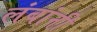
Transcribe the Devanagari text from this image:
लंबांनी